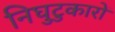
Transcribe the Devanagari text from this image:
निघुटुकारों